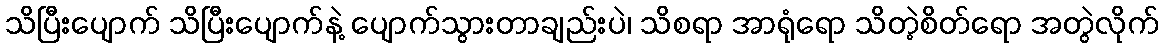
သိပြီးပျောက် သိပြီးပျောက်နဲ့ ပျောက်သွားတာချည်းပဲ၊ သိစရာ အာရုံရော သိတဲ့စိတ်ရော အတွဲလိုက်